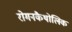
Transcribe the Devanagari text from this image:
रोमनकैथोलिक